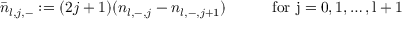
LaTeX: \bar { n } _ { l , j , - } : = ( 2 j + 1 ) ( n _ { l , - , j } - n _ { l , - , j + 1 } ) \qquad \quad \mathrm { f o r ~ j = 0 , 1 , \dots , l + 1 ~ }